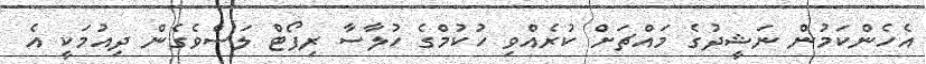
އެހެންކަމުން ނަޝީދުގެ މައްޗަށް ކުރެއްވި ހުކުމްގެ ހުލާސާ ރިޕޯޓް ލަސްވެގެން ދިއުމަކީ އެ